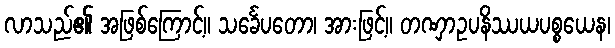
လာသည်၏ အဖြစ်ကြောင့်။ သင်္ခေပတော၊ အားဖြင့်။ တဏှာဥပနိဿယပစ္စယေန၊